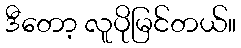
ဒီတော့ လူပိုမြင်တယ်။